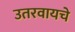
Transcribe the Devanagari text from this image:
उतरवायचे